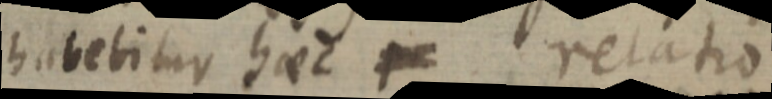
habetitur haec relatio